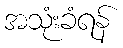
အသုံးခံရန်